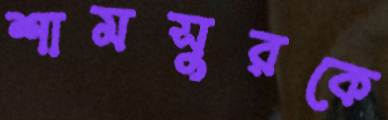
শামসুরকে